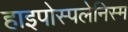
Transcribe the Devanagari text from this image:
हाइपोस्पलेनिस्म